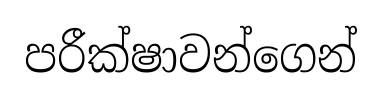
පරීක්ෂාවන්ගෙන්